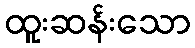
ထူးဆန်းသော